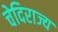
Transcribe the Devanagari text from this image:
चेदिराज्य